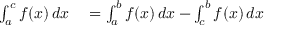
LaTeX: \begin{array} { r l } { \int _ { a } ^ { c } f ( x ) \, d x } & { { } { } = \int _ { a } ^ { b } f ( x ) \, d x - \int _ { c } ^ { b } f ( x ) \, d x } \end{array}